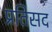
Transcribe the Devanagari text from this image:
प्रतिसद